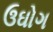
ઉઘોગ